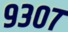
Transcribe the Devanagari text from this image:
९३०७